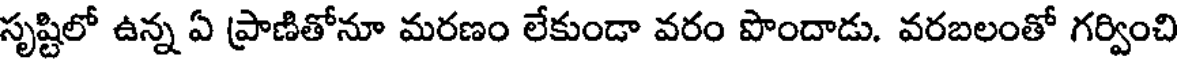
సృష్టిలో ఉన్న ఏ ప్రాణితోనూ మరణం లేకుండా వరం పొందాడు. వరబలంతో గర్వించి